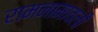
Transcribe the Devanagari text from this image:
रामनामावली